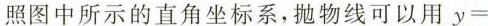
照图中所示的直角坐标系，抛物线可以用 $$y =